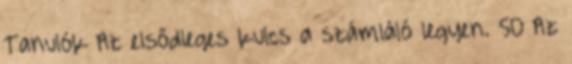
Tanulók Az elsődleges kulcs a számláló legyen. 50 Az